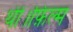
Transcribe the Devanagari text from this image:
थीं।फ़िल्म